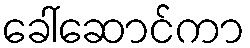
ခေါ်ဆောင်ကာ